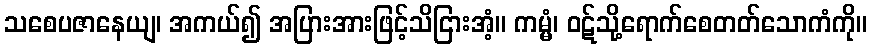
သစေပဇာနေယျ၊ အကယ်၍ အပြားအားဖြင့်သိငြားအံ့။ ကမ္မံ၊ ဝဋ်သို့ရောက်စေတတ်သောကံကို။